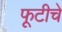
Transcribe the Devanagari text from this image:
फूटीचे